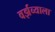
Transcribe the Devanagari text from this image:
वर्झव्याला